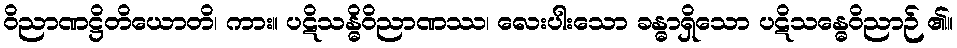
ဝိညာဏဋ္ဌိတိယောတိ၊ ကား။ ပဋိသန္ဓိဝိညာဏဿ၊ လေးပါးသော ခန္ဓာရှိသော ပဋိသန္ဓေဝိညာဉ် ၏။